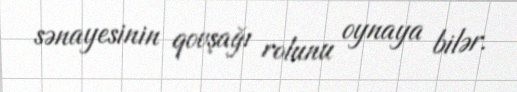
sənayesinin qovşağı rolunu oynaya bilər.